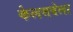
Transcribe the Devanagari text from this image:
केलसबेला